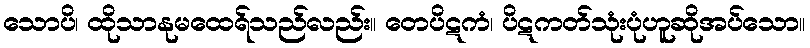
သောပိ၊ ထိုသာနုမထေရ်သည်လည်း။ တေပိဋကံ၊ ပိဋကတ်သုံးပုံဟူဆိုအပ်သော။